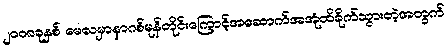
၂၀၀၈ခုနှစ် မေလမှာနာဂစ်မုန်တိုင်းကြောင့်အဆောက်အအုံထိခိုက်သွားတဲ့အတွက်